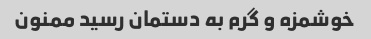
خوشمزه و گرم به دستمان رسید ممنون